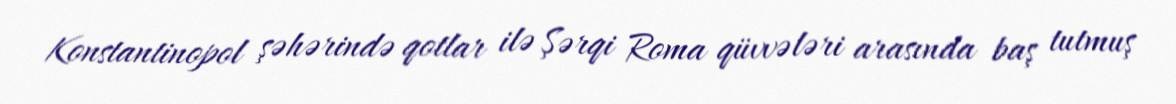
Konstantinopol şəhərində qotlar ilə Şərqi Roma qüvvələri arasında baş tutmuş